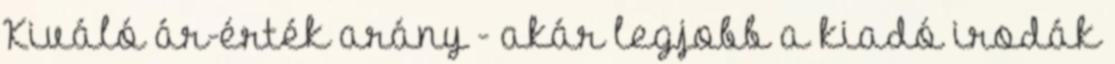
Kiváló ár-érték arány - akár legjobb a kiadó irodák